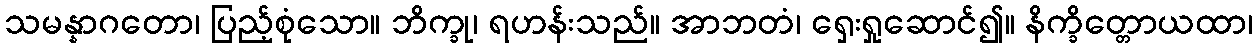
သမန္နာဂတော၊ ပြည့်စုံသော။ ဘိက္ခု၊ ရဟန်းသည်။ အာဘတံ၊ ရှေးရှုဆောင်၍။ နိက္ခိတ္တောယထာ၊